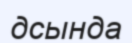
дсында